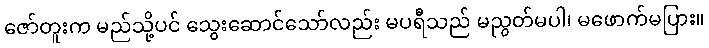
ဇော်တူးက မည်သို့ပင် သွေးဆောင်သော်လည်း မပရီသည် မညွတ်မပါ၊ မဖောက်မပြား။